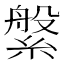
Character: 縏